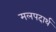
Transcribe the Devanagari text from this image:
मलपदार्थ